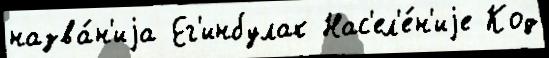
назва́н'иjа Ег'инбулак Нас'ел'е́н'иjе Код